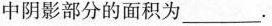
中阴影部分的面积为___.